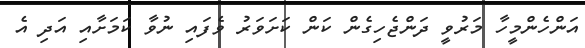
އަންހެންމީހާ މަރުވީ ދަންޖެހިގެން ކަން ކަށަވަރު ވެފައި ނުވާ ކަމަށާއި އަދި އެ